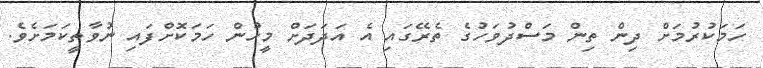
ހަމަކުރުމަށް ދިން ތިން މަސްދުވަހުގެ ތެރޭގައި އެ އަދަދަށް މީހުން ހަމަކޮށްފައި ނުވާތީކަމަށެވެ.